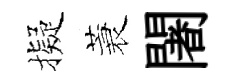
擬蓑闍